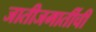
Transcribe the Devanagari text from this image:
जातीजमातींची